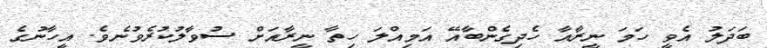
ބަދަލު އެވީ ހަމަ ނީރާއާ ހެދިގެންބާއޭ އަމިއްލަ ހިތާ ނީރާއަށް ސުވާލުކުރެވުނެވެ. އީހާނުގެ